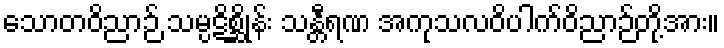
သောတဝိညာဉ် သမ္ပဋိစ္ဆိုန်း သန္တီရဏ အကုသလဝိပါက်ဝိညာဉ်တို့အား။